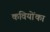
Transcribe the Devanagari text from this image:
कवियोंका